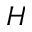
H